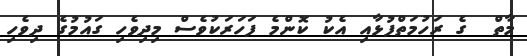
މާތް  ގެ ރަހުމަތްފުޅާއި އެކު ކޮންމެ ފަހަރަކުވެސް މިދިވެހި ގައުމުގެ ދިވެހި